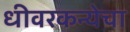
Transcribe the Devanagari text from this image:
धीवरकन्येचा